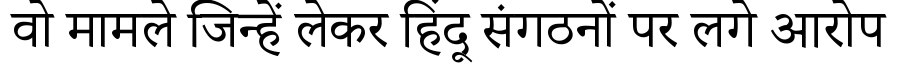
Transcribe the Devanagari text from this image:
वो मामले जिन्हें लेकर हिंदू संगठनों पर लगे आरोप